Lunatic asylums United Prov. 1922-30 - 1922-1930
Year: 1922
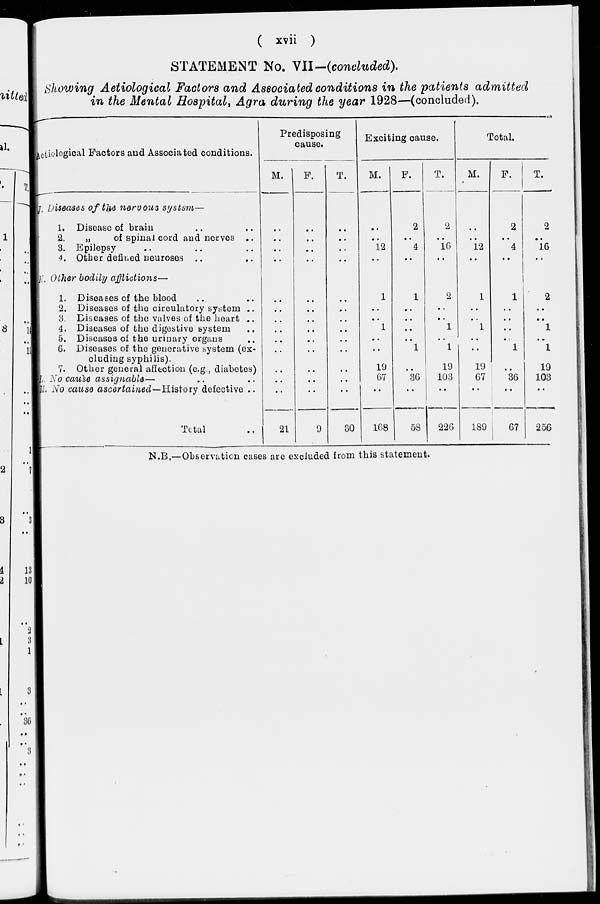
( xvii )
STATEMENT No. VII-(concluded).
Showing Aetiological Factors and Associated conditions in the patients admitted
in the Mental Hospital, Agra during the year 1928—(concluded).
Aetiological Factors and Associated conditions.
J. Diseases of the nervous
systsm—
1. Disease of brain .. ..
2.
„
of spinal cord and nerves ..
3. Epilepsy .. .. ..
4. Other defined neuroses .. ..
K. Other bodily afflictions—
1. Diseases of the blood .. ..
2. Diseases of the circulatory system ..
3. Diseases of the valves of the heart ..
4. Diseases of the digestive system ..
5. Diseases of the uriuary organs ..
6. Diseases of the generative system (ex-
cluding syphilis).
7. Other general affection (e.g., diabetes)
L. No cause assignable—
M. No cause ascertained—History
defective ..
Total ..
Predisposing
cause.
M.
..
..
..
..
..
..
..
..
..
..
..
..
..
21
F.
..
..
..
..
..
..
..
..
..
..
..
..
..
9
T.
..
..
..
..
..
..
..
..
..
..
..
..
..
30
Exciting cause.
M.
..
..
12
..
1
..
..
1
..
..
19
67
..
168
F.
2
..
4
..
1
..
..
..
..
1
..
36
..
58
T.
2
..
16
..
2
..
..
1
..
1
19
103
..
226
Total.
M.
..
..
12
..
1
..
..
1
..
..
19
67
..
189
F.
2
..
4
..
1
..
..
..
..
1
..
36
..
67
T.
2
..
16
..
2
..
..
1
..
1
19
103
..
256
N.B.—Observation cases are excluded from this statement.